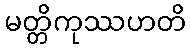
မတ္တိကုဿဟတိ